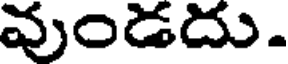
వుండదు.